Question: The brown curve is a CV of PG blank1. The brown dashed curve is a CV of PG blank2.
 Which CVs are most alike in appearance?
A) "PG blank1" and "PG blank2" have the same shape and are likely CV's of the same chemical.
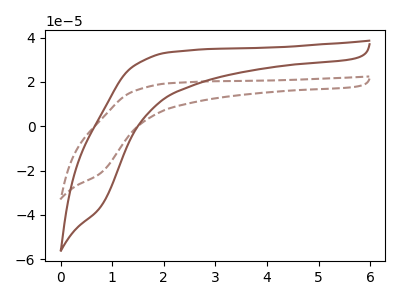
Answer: <think>The brown curve "PG blank1" has no peaks. The brown dashed curve "PG blank2" has no peaks.
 Neither "PG blank1" or "PG blank2" have any peaks.</think>
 <answer>A) "PG blank1" and "PG blank2" have the same shape and are likely CV's of the same chemical.</answer>
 <eval>A</eval>